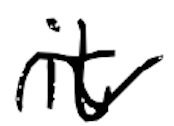
Text: it
Cross-out: wave
Writing tool: digital_black